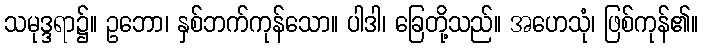
သမုဒ္ဒရာ၌။ ဥဘော၊ နှစ်ဘက်ကုန်သော။ ပါဒါ၊ ခြေတို့သည်။ အဟေသုံ၊ ဖြစ်ကုန်၏။